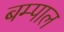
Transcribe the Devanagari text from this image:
बम्पाल